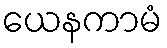
ယေနကာမံ